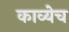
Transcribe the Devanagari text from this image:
काव्येच